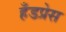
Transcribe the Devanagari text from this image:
हँडप्रेस